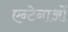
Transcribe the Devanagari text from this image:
एन्टेनाओं